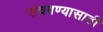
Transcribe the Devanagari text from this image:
उंचवण्यासाठी